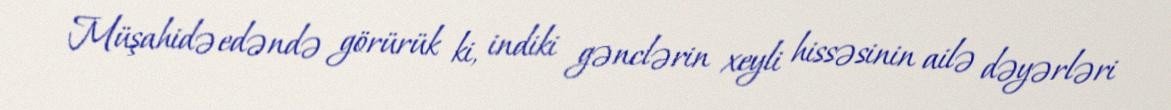
Müşahidə edəndə görürük ki, indiki gənclərin xeyli hissəsinin ailə dəyərləri